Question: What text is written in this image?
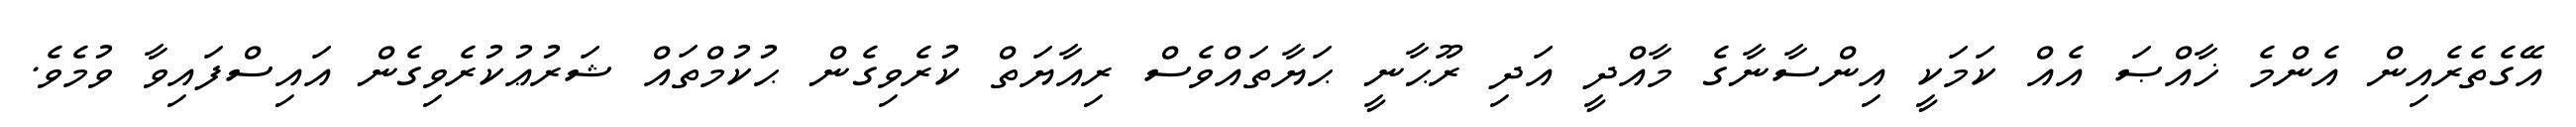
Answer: އޭގެތެރެއިން އެންމެ ޚާއްޞަ އެއް ކަމަކީ އިންސާނާގެ މާއްދީ އަދި ރޫޙާނީ ޙަޔާތައްވެސް ރިއާޔަތް ކުރެވިގެން ޙުކުމްތައް ޝަރުޢުކުރެވިގެން އައިސްފައިވާ ވުމެވެ.